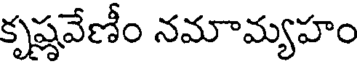
కృష్ణవేణీం నమామ్యహం